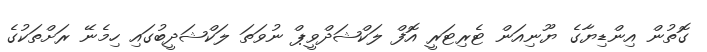
ގޮތުން އިންޑިޔާގެ ޔޫނިއަން ޓެރިޓަރީ އޮފް ލަކްޝަދްވީޕް ނުވަތަ ލަކްޝަދީބުގައި ހިމެނޭ ރަށްތަކުގެ